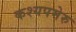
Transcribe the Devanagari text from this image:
कश्यपमेरु